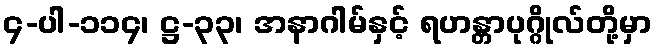
၄-ပါ-၁၁၄၊ ဋ္ဌ-၃၃၊ အနာဂါမ်နှင့် ရဟန္တာပုဂ္ဂိုလ်တို့မှာ